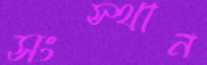
সংস্থান